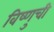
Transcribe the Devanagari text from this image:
विष्णुची